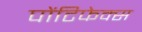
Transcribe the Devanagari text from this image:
पोंटिफेक्स